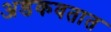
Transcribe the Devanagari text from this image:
अडकवतात